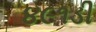
૪૯૧ડી